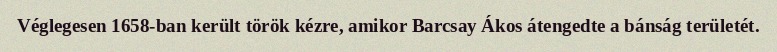
Véglegesen 1658-ban került török kézre, amikor Barcsay Ákos átengedte a bánság területét.